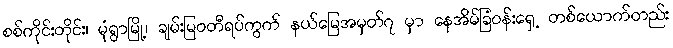
စစ်ကိုင်းတိုင်း၊ မုံရွာမြို့၊ ချမ်းမြဝတီရပ်ကွက် နယ်မြေအမှတ်၇ မှာ နေအိမ်ခြံဝန်းရှေ့ တစ်ယောက်တည်း